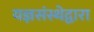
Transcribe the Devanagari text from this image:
यज्ञसंस्थेद्वारा